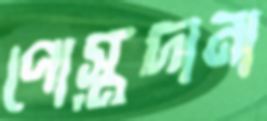
পোস্তদানা